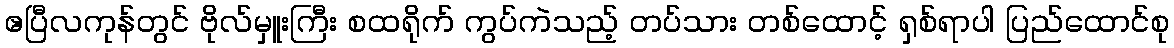
ဧပြီလကုန်တွင် ဗိုလ်မှူးကြီး စထရိုက် ကွပ်ကဲသည့် တပ်သား တစ်ထောင့် ရှစ်ရာပါ ပြည်ထောင်စု